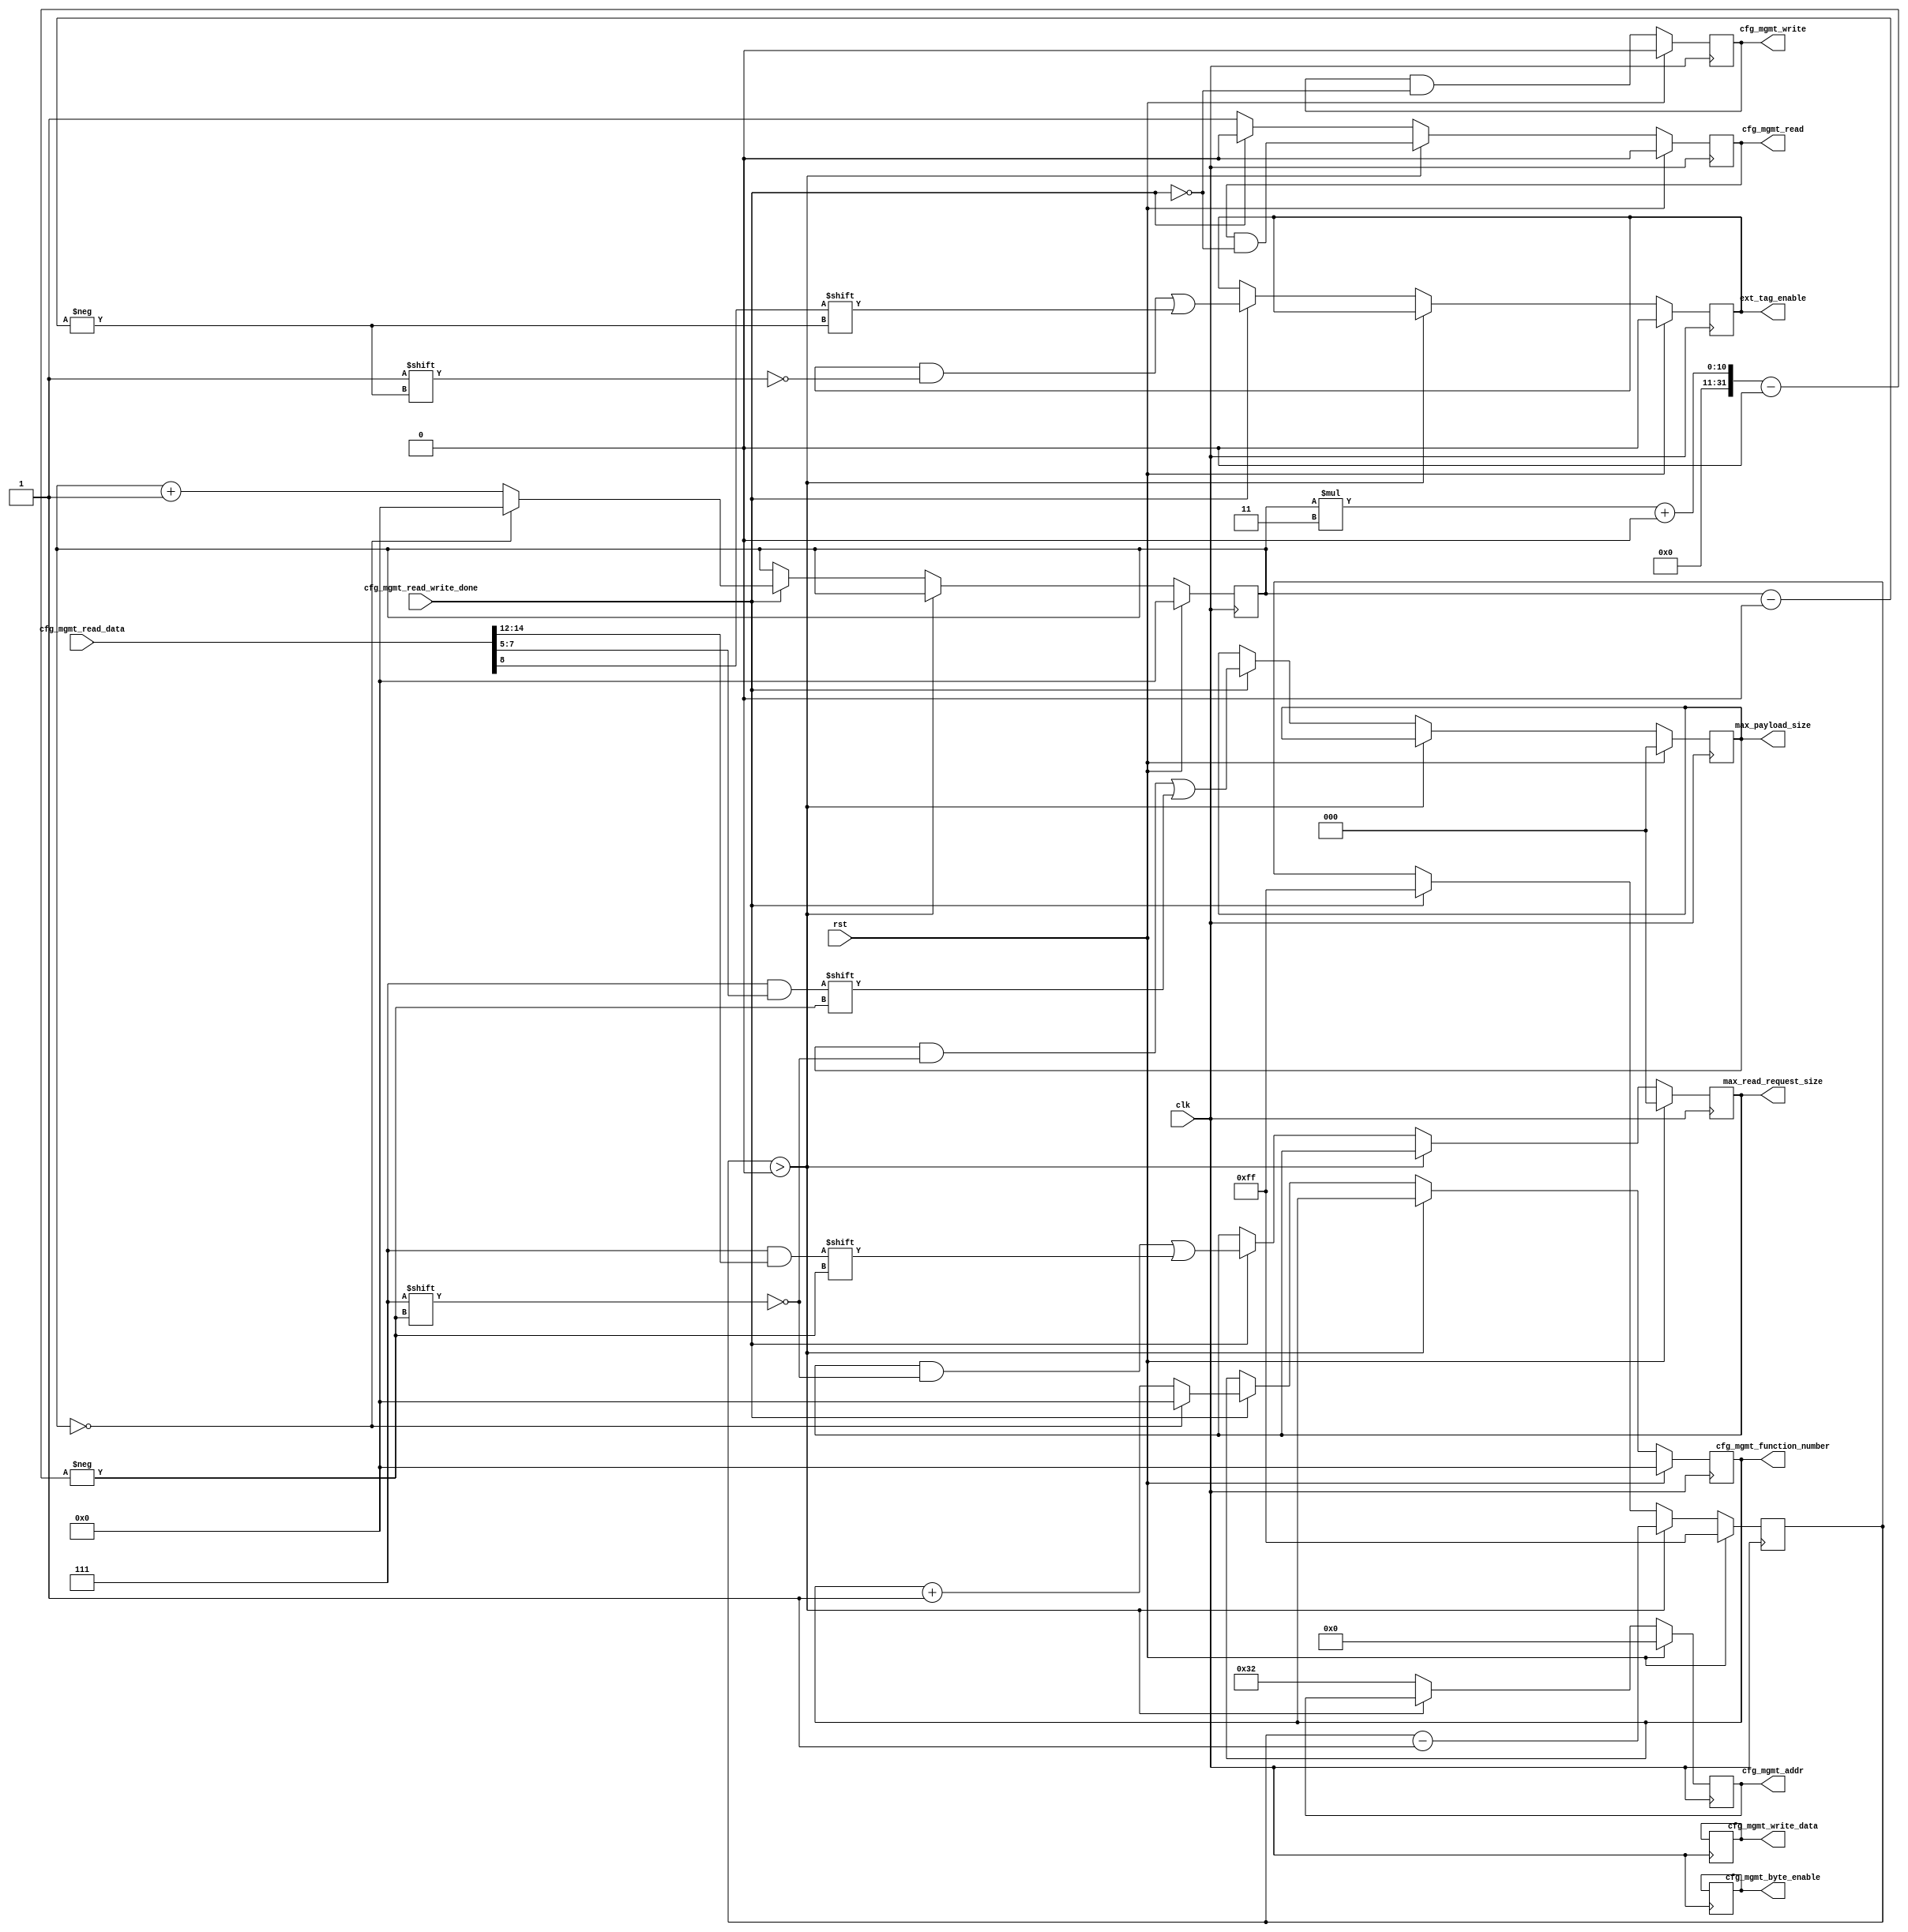
/*

Copyright (c) 2018 Alex Forencich

Permission is hereby granted, free of charge, to any person obtaining a copy
of this software and associated documentation files (the "Software"), to deal
in the Software without restriction, including without limitation the rights
to use, copy, modify, merge, publish, distribute, sublicense, and/or sell
copies of the Software, and to permit persons to whom the Software is
furnished to do so, subject to the following conditions:

The above copyright notice and this permission notice shall be included in
all copies or substantial portions of the Software.

THE SOFTWARE IS PROVIDED "AS IS", WITHOUT WARRANTY OF ANY KIND, EXPRESS OR
IMPLIED, INCLUDING BUT NOT LIMITED TO THE WARRANTIES OF MERCHANTABILITY
FITNESS FOR A PARTICULAR PURPOSE AND NONINFRINGEMENT. IN NO EVENT SHALL THE
AUTHORS OR COPYRIGHT HOLDERS BE LIABLE FOR ANY CLAIM, DAMAGES OR OTHER
LIABILITY, WHETHER IN AN ACTION OF CONTRACT, TORT OR OTHERWISE, ARISING FROM,
OUT OF OR IN CONNECTION WITH THE SOFTWARE OR THE USE OR OTHER DEALINGS IN
THE SOFTWARE.

*/

// Language: Verilog 2001

`timescale 1ns / 1ps

/*
 * Ultrascale PCIe configuration shim
 */
module pcie_us_cfg #
(
    parameter PF_COUNT = 1,
    parameter VF_COUNT = 0,
    parameter VF_OFFSET = 64,
    parameter F_COUNT = PF_COUNT+VF_COUNT,
    parameter READ_EXT_TAG_ENABLE = 1,
    parameter READ_MAX_READ_REQ_SIZE = 1,
    parameter READ_MAX_PAYLOAD_SIZE = 1,
    parameter PCIE_CAP_OFFSET = 12'h0C0
)
(
    input  wire                  clk,
    input  wire                  rst,

    /*
     * Configuration outputs
     */
    output wire [F_COUNT-1:0]    ext_tag_enable,
    output wire [F_COUNT*3-1:0]  max_read_request_size,
    output wire [F_COUNT*3-1:0]  max_payload_size,

    /*
     * Interface to Ultrascale PCIe IP core
     */
    output wire [9:0]            cfg_mgmt_addr,
    output wire [7:0]            cfg_mgmt_function_number,
    output wire                  cfg_mgmt_write,
    output wire [31:0]           cfg_mgmt_write_data,
    output wire [3:0]            cfg_mgmt_byte_enable,
    output wire                  cfg_mgmt_read,
    input  wire [31:0]           cfg_mgmt_read_data,
    input  wire                  cfg_mgmt_read_write_done
);

localparam READ_REV_CTRL = READ_EXT_TAG_ENABLE || READ_MAX_READ_REQ_SIZE || READ_MAX_PAYLOAD_SIZE;

localparam DEV_CTRL_OFFSET = PCIE_CAP_OFFSET + 12'h008;

reg [F_COUNT-1:0] ext_tag_enable_reg = {F_COUNT{1'b0}}, ext_tag_enable_next;
reg [F_COUNT*3-1:0] max_read_request_size_reg = {F_COUNT{3'd0}}, max_read_request_size_next;
reg [F_COUNT*3-1:0] max_payload_size_reg = {F_COUNT{3'd0}}, max_payload_size_next;

reg [9:0] cfg_mgmt_addr_reg = 10'd0, cfg_mgmt_addr_next;
reg [7:0] cfg_mgmt_function_number_reg = 8'd0, cfg_mgmt_function_number_next;
reg cfg_mgmt_write_reg = 1'b0, cfg_mgmt_write_next;
reg [31:0] cfg_mgmt_write_data_reg = 32'd0, cfg_mgmt_write_data_next;
reg [3:0] cfg_mgmt_byte_enable_reg = 4'd0, cfg_mgmt_byte_enable_next;
reg cfg_mgmt_read_reg = 1'b0, cfg_mgmt_read_next;

reg [7:0] delay_reg = 8'hff, delay_next;
reg [7:0] func_cnt_reg = 8'd0, func_cnt_next;

assign ext_tag_enable = ext_tag_enable_reg;
assign max_read_request_size = max_read_request_size_reg;
assign max_payload_size = max_payload_size_reg;

assign cfg_mgmt_addr = cfg_mgmt_addr_reg;
assign cfg_mgmt_function_number = cfg_mgmt_function_number_reg;
assign cfg_mgmt_write = cfg_mgmt_write_reg;
assign cfg_mgmt_write_data = cfg_mgmt_write_data_reg;
assign cfg_mgmt_byte_enable = cfg_mgmt_byte_enable_reg;
assign cfg_mgmt_read = cfg_mgmt_read_reg;

always @* begin
    ext_tag_enable_next = ext_tag_enable_reg;
    max_read_request_size_next = max_read_request_size_reg;
    max_payload_size_next = max_payload_size_reg;

    cfg_mgmt_addr_next = cfg_mgmt_addr_reg;
    cfg_mgmt_function_number_next = cfg_mgmt_function_number_reg;
    cfg_mgmt_write_next = cfg_mgmt_write_reg && !cfg_mgmt_read_write_done;
    cfg_mgmt_write_data_next = cfg_mgmt_write_data_reg;
    cfg_mgmt_byte_enable_next = cfg_mgmt_byte_enable_reg;
    cfg_mgmt_read_next = cfg_mgmt_read_reg && !cfg_mgmt_read_write_done;

    delay_next = delay_reg;
    func_cnt_next = func_cnt_reg;

    if (delay_reg > 0) begin
        delay_next = delay_reg - 1;
    end else begin
        cfg_mgmt_addr_next = DEV_CTRL_OFFSET >> 2;
        cfg_mgmt_read_next = 1'b1;
        if (cfg_mgmt_read_write_done) begin
            cfg_mgmt_read_next = 1'b0;
            
            ext_tag_enable_next[func_cnt_reg] = cfg_mgmt_read_data[8];
            max_read_request_size_next[func_cnt_reg*3 +: 3] = cfg_mgmt_read_data[14:12];
            max_payload_size_next[func_cnt_reg*3 +: 3] = cfg_mgmt_read_data[7:5];

            if (func_cnt_reg == F_COUNT-1) begin
                func_cnt_next = 0;
                cfg_mgmt_function_number_next = 0;
            end else if (func_cnt_reg == PF_COUNT-1) begin
                func_cnt_next = func_cnt_reg + 1;
                cfg_mgmt_function_number_next = VF_OFFSET;
            end else begin
                func_cnt_next = func_cnt_reg + 1;
                cfg_mgmt_function_number_next = cfg_mgmt_function_number_reg + 1;
            end

            delay_next = 8'hff;
        end
    end
end

always @(posedge clk) begin
    if (rst) begin
        ext_tag_enable_reg <= {F_COUNT{1'b0}};
        max_read_request_size_reg <= {F_COUNT{3'd0}};
        max_payload_size_reg <= {F_COUNT{3'd0}};

        cfg_mgmt_addr_reg <= 10'd0;
        cfg_mgmt_function_number_reg <= 8'd0;
        cfg_mgmt_write_reg <= 1'b0;
        cfg_mgmt_read_reg <= 1'b0;

        delay_reg <= 8'hff;
        func_cnt_reg <= 8'd0;
    end else begin
        ext_tag_enable_reg <= ext_tag_enable_next;
        max_read_request_size_reg <= max_read_request_size_next;
        max_payload_size_reg <= max_payload_size_next;

        cfg_mgmt_addr_reg <= cfg_mgmt_addr_next;
        cfg_mgmt_function_number_reg <= cfg_mgmt_function_number_next;
        cfg_mgmt_write_reg <= cfg_mgmt_write_next;
        cfg_mgmt_read_reg <= cfg_mgmt_read_next;

        delay_reg <= delay_next;
        func_cnt_reg <= func_cnt_next;
    end
    
    cfg_mgmt_write_data_reg <= cfg_mgmt_write_data_next;
    cfg_mgmt_byte_enable_reg <= cfg_mgmt_byte_enable_next;

end

endmodule